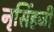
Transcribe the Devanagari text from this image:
नृसिंहजी